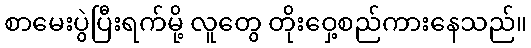
စာမေးပွဲပြီးရက်မို့ လူတွေ တိုးဝှေ့စည်ကားနေသည်။